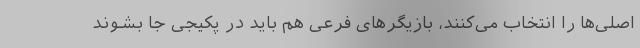
اصلی‌ها را انتخاب می‌کنند، بازیگرهای فرعی هم باید در پکیجی جا بشوند